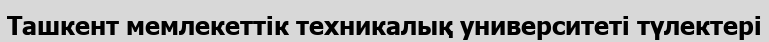
Ташкент мемлекеттік техникалық университеті түлектері